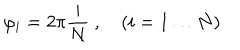
LaTeX: \varphi _ { i } = 2 \pi \frac { i } { N } \ , \quad ( i = 1 \dots N )